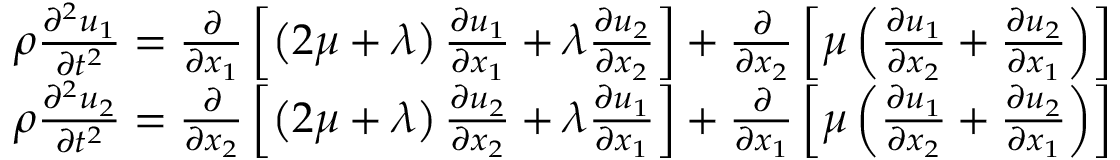
\begin{array} { r } { \rho \frac { \partial ^ { 2 } u _ { 1 } } { \partial t ^ { 2 } } = \frac { \partial } { \partial x _ { 1 } } \left[ \left( 2 \mu + \lambda \right) \frac { \partial u _ { 1 } } { \partial x _ { 1 } } + \lambda \frac { \partial u _ { 2 } } { \partial x _ { 2 } } \right] + \frac { \partial } { \partial x _ { 2 } } \left[ \mu \left( \frac { \partial u _ { 1 } } { \partial x _ { 2 } } + \frac { \partial u _ { 2 } } { \partial x _ { 1 } } \right) \right] } \\ { \rho \frac { \partial ^ { 2 } u _ { 2 } } { \partial t ^ { 2 } } = \frac { \partial } { \partial x _ { 2 } } \left[ \left( 2 \mu + \lambda \right) \frac { \partial u _ { 2 } } { \partial x _ { 2 } } + \lambda \frac { \partial u _ { 1 } } { \partial x _ { 1 } } \right] + \frac { \partial } { \partial x _ { 1 } } \left[ \mu \left( \frac { \partial u _ { 1 } } { \partial x _ { 2 } } + \frac { \partial u _ { 2 } } { \partial x _ { 1 } } \right) \right] } \end{array}